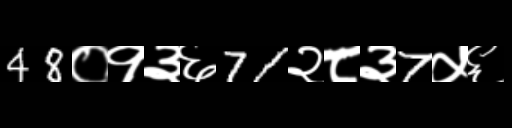
Text: 48०१३६71२८३7५६